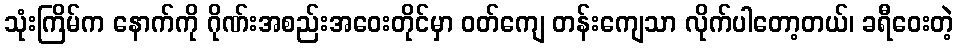
သုံးကြိမ်က နောက်ကို ဂိုဏ်းအစည်းအဝေးတိုင်မှာ ဝတ်ကျေ တန်းကျေသာ လိုက်ပါတော့တယ်၊ ခရီဝေးတဲ့